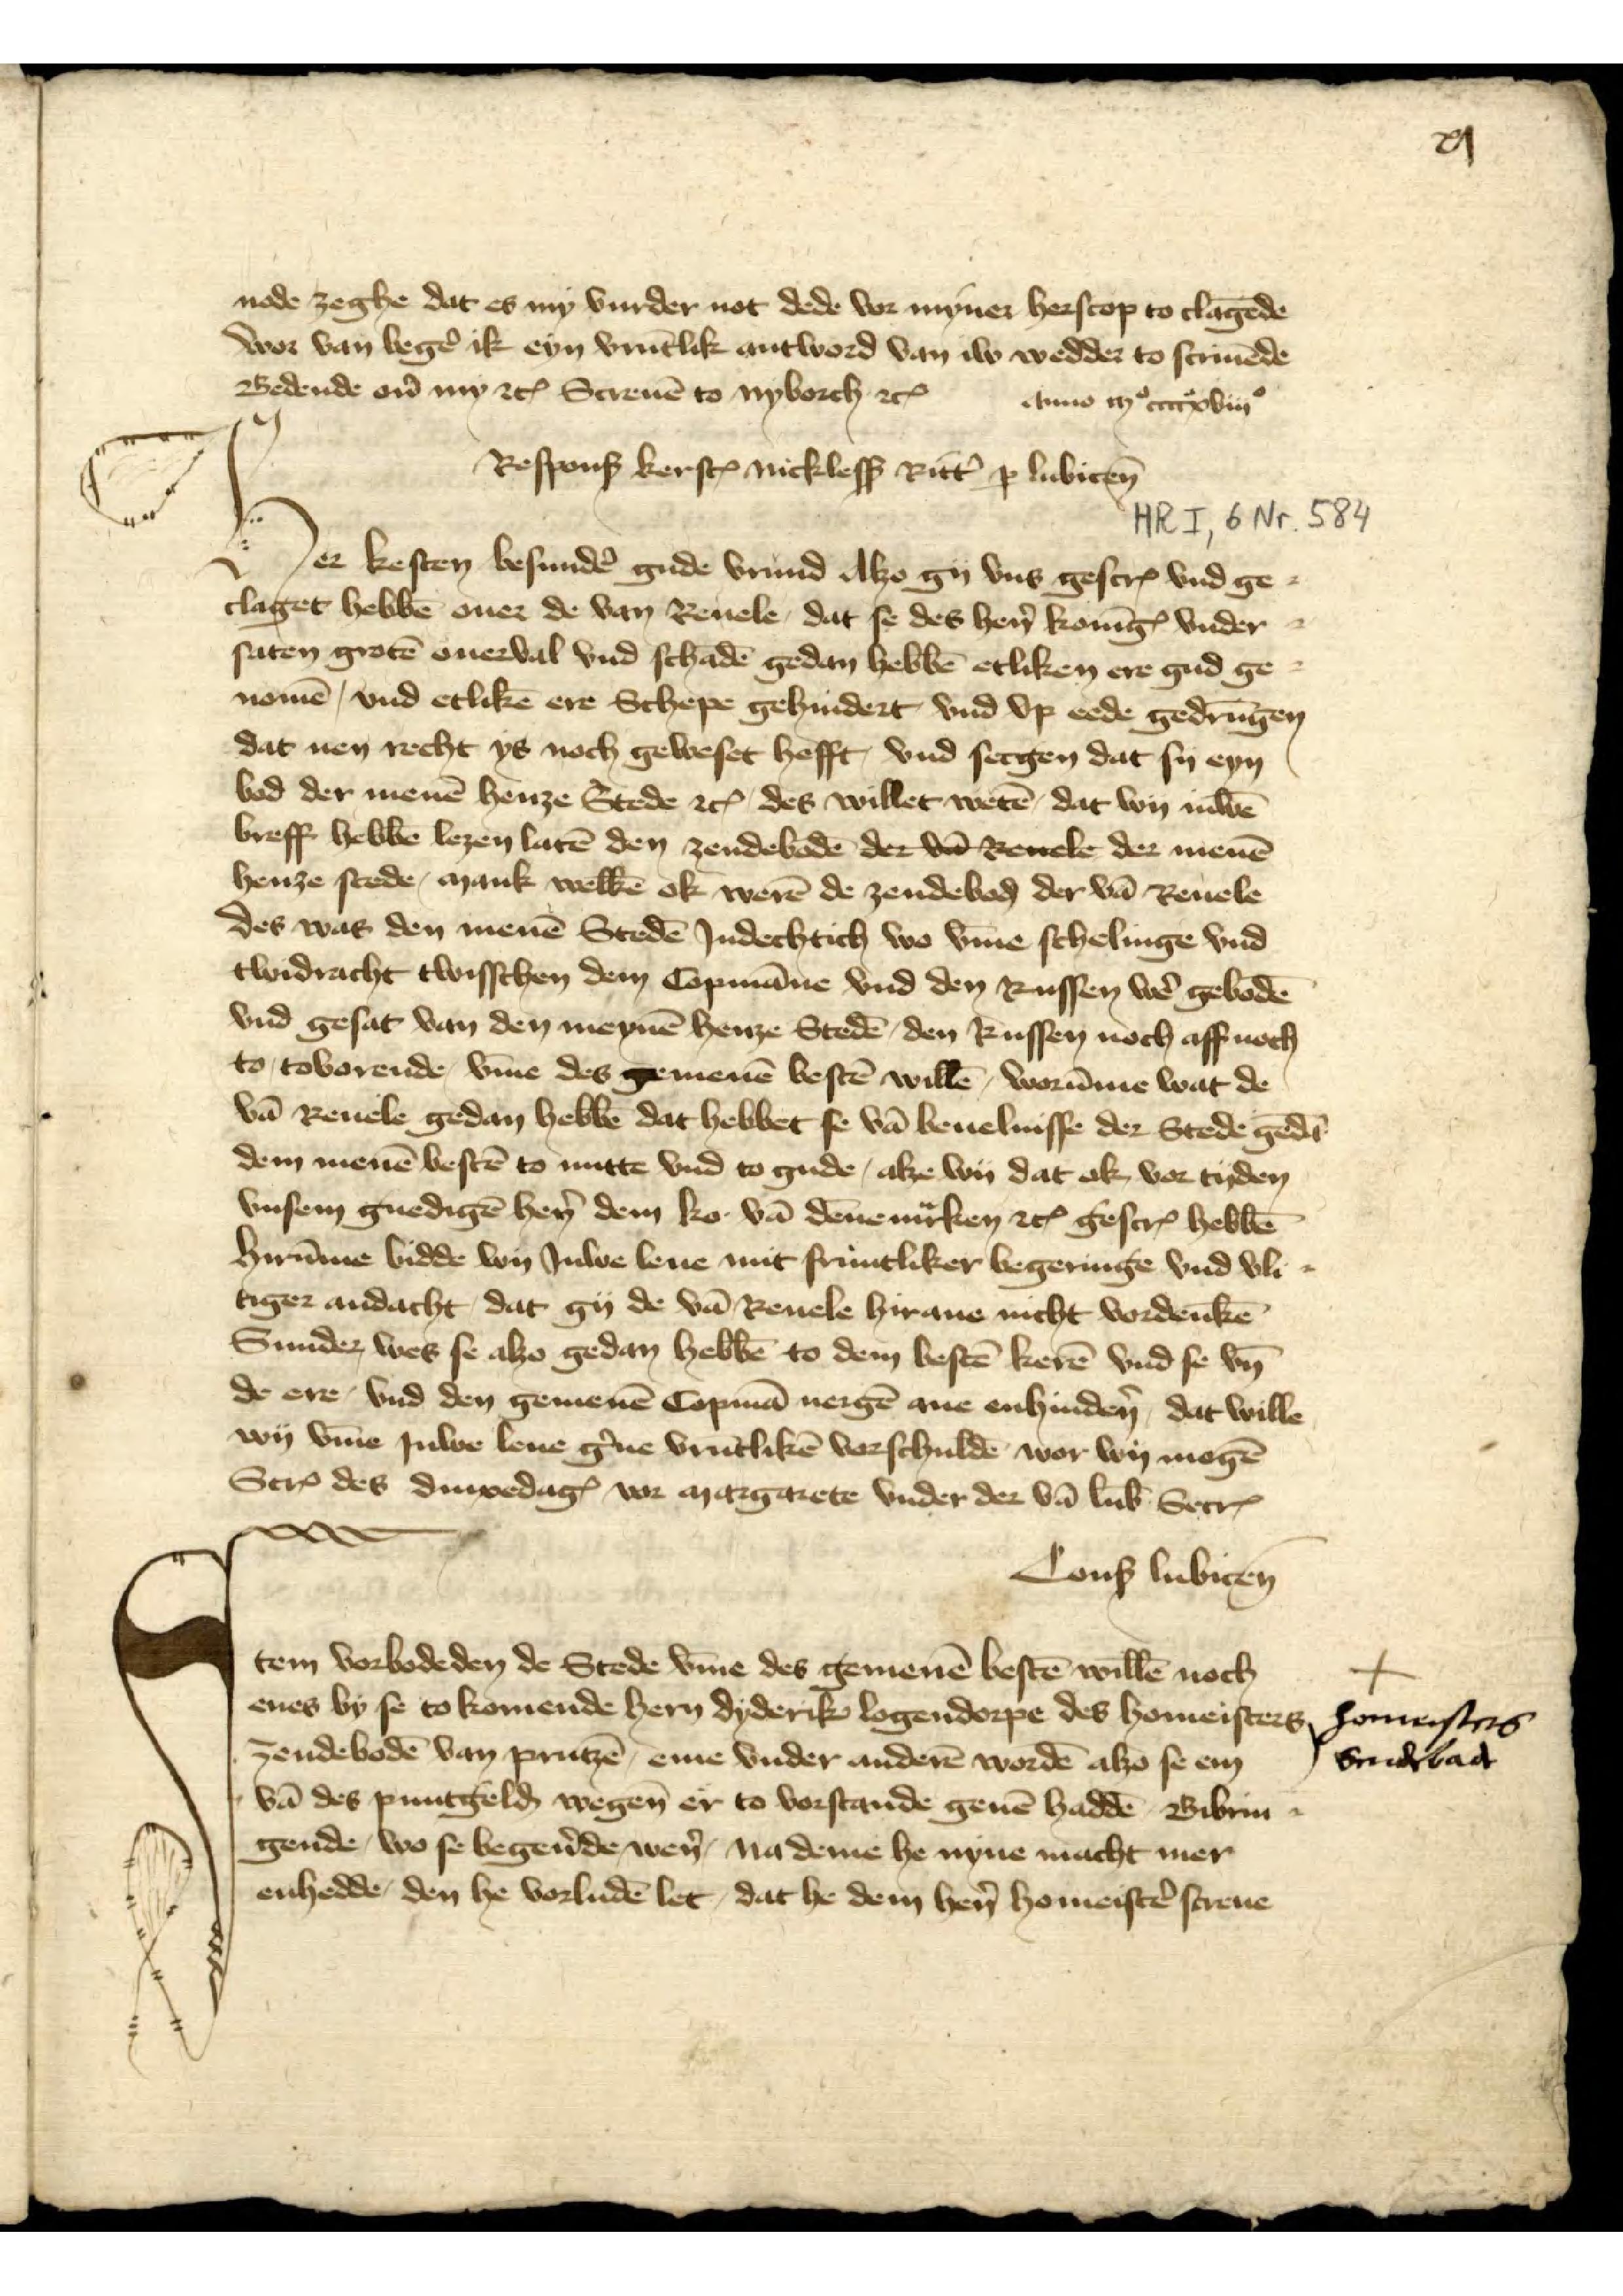
node zeghe dat es my vurder not dede vor myner herscop to clagēde
wor van begẻ ok eyn vrūtlik antword van iw wedder to scriuēde
Bedende oủ my etꝬ Screuē to Nyborch etꝬ
Anno iijo ccccxviiio

Her kesten besundẻ gude vrund alzo gy vns gescrꝬ vnd ge¬
claget hebbē ouer de van Reuele, dat se des hẻn Konīg vnder¬
saten grotē ouerval vnd schadē gedan hebbē etliken ere gud ge¬
nomē, vnd etlikē ere Schepe gehindert vnd vp eede gedrūgen
dat men recht ys noch geweset hefft, vnd secgen dat sy eyn
bod der menē henze Stede etꝬ des willet wetē, dat wy iuwē
breff hebbē lezen latē den zendebodē der van Revele der menē
henze stede, mank welkē ok werē de zendeboḑ der vā Reuele
des was den menē Stedē Jndechtich wo v̄me schelinge vnd 
twidracht twisschen dem Copmāne vnd den Russen wẻ gebodē
vnd gesat van den meynē henze Stedē, den Russen noch aff noch
to, tovorende v̄me des gemenē besten willē, worūme wat de
vā Reuele gedan hebbē dat hebbet se vā beuelnisse der Stede gedā
dem menē bestē to nutte vnd to gude, alze wy dat ok, vor tyden
vnsem gnedigē hẻn dem Ko van Dēnemͣrken etꝬ gescrꝬ hebbē
Hirv̄me bidde wy Juwe leue mit fruntliker begeringe vnd vli¬
tiger andacht, dat gy de vā Reuele hirane nicht vordenkē
Sunder wes se alzo gedan hebbē to dem bestē kerē vnd se vn̄
de ere vnd den gemenē Copmā nergē ane enhindẻn, dat wille
wy v̄me Juwen leue g̉ne vrūtlikē vorschuldē wor wy mogē
ScrꝬ des DinxedagꝬ vor margarete vnde der van Lubeke SecrꝬ
Conß Lubicen
Responß kersꝷ Nicklesß Ritt̉ ꝑ Lubicen

Jtem vorbodeden de Stede v̄me des gemenē bestē willē noch
enes by se to komende hern Dyderik Logendorpe des homeisters
zendebodē van Prutzē, eme vnder anderē wordē alzo se em
vā des puntgelḑ wegen er to vorstande geuē haddē Bibrin¬
gende, wo se begẻnde, wẻn, na deme he nyne macht mer
enhedde den he vorludē let, dat he dem hẻn homeistẻ screue

Homeisters
Sendebaḑ